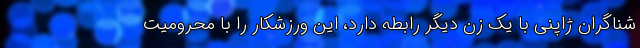
شناگران ژاپنی با یک زن دیگر رابطه دارد، این ورزشکار را با محرومیت